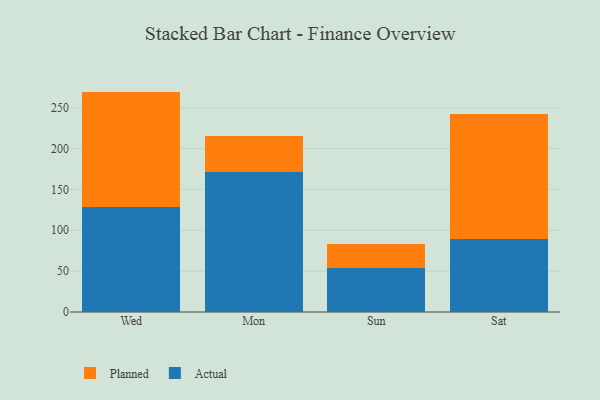
{"axis": {"x": "Day", "y": "Active Users"}, "legend": ["Actual", "Planned"], "data": [{"x": "Wed", "y": 129.0, "type": "Actual"}, {"x": "Wed", "y": 140.7, "type": "Planned"}, {"x": "Mon", "y": 171.1, "type": "Actual"}, {"x": "Mon", "y": 44.2, "type": "Planned"}, {"x": "Sun", "y": 53.7, "type": "Actual"}, {"x": "Sun", "y": 29.4, "type": "Planned"}, {"x": "Sat", "y": 89.4, "type": "Actual"}, {"x": "Sat", "y": 152.7, "type": "Planned"}]}